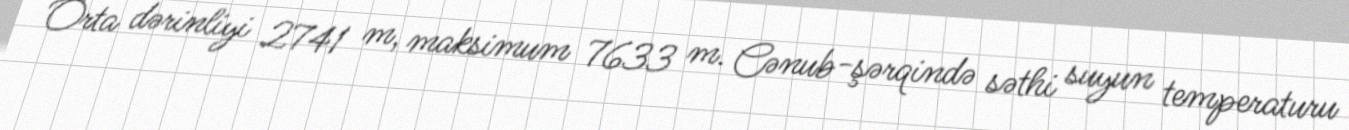
Orta dərinliyi 2741 m, maksimum 7633 m. Cənub-şərqində səthi suyun temperaturu